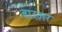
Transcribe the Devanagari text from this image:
बाउ़ज़र